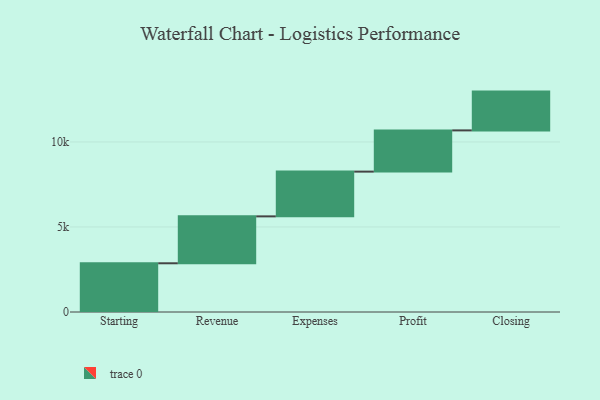
{"axis": {"x": "Step", "y": "Value"}, "legend": [""], "data": [{"x": "Starting", "y": 2865.0, "type": ""}, {"x": "Revenue", "y": 2759.0, "type": ""}, {"x": "Expenses", "y": 2632.0, "type": ""}, {"x": "Profit", "y": 2425.0, "type": ""}, {"x": "Closing", "y": 2281.0, "type": ""}]}